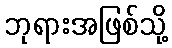
ဘုရားအဖြစ်သို့